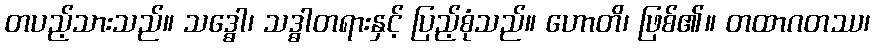
တပည့်သားသည်။ သဒ္ဓေါ၊ သဒ္ဓါတရားနှင့် ပြည့်စုံသည်။ ဟောတိ၊ ဖြစ်၏။ တထာဂတဿ၊